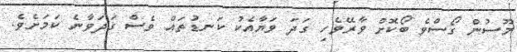
މޫސުން ގޯސްވެ ބޯކޮށް ވާރޭވެހި ގަދަ ވަޔާއެކު ކަނޑުތައް ވެސް ގަދަވާނެ ކަމަށެވެ.